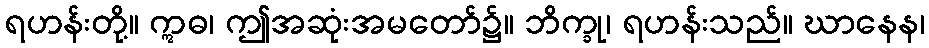
ရဟန်းတို့။ ဣဓ၊ ဤအဆုံးအမတော်၌။ ဘိက္ခု၊ ရဟန်းသည်။ ဃာနေန၊